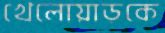
খেলোয়াড়কে